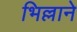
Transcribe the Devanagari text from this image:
भिल्लाने